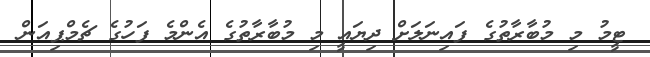
ޓީމު މި މުބާރާތުގެ ފައިނަލަށް ދިޔައީ މި މުބާރާތުގެ އެންމެ ފަހުގެ ޗެމްޕިއަން